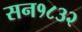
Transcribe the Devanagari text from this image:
सन१८३२